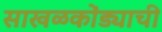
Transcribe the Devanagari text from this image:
साखळकोंड्याची